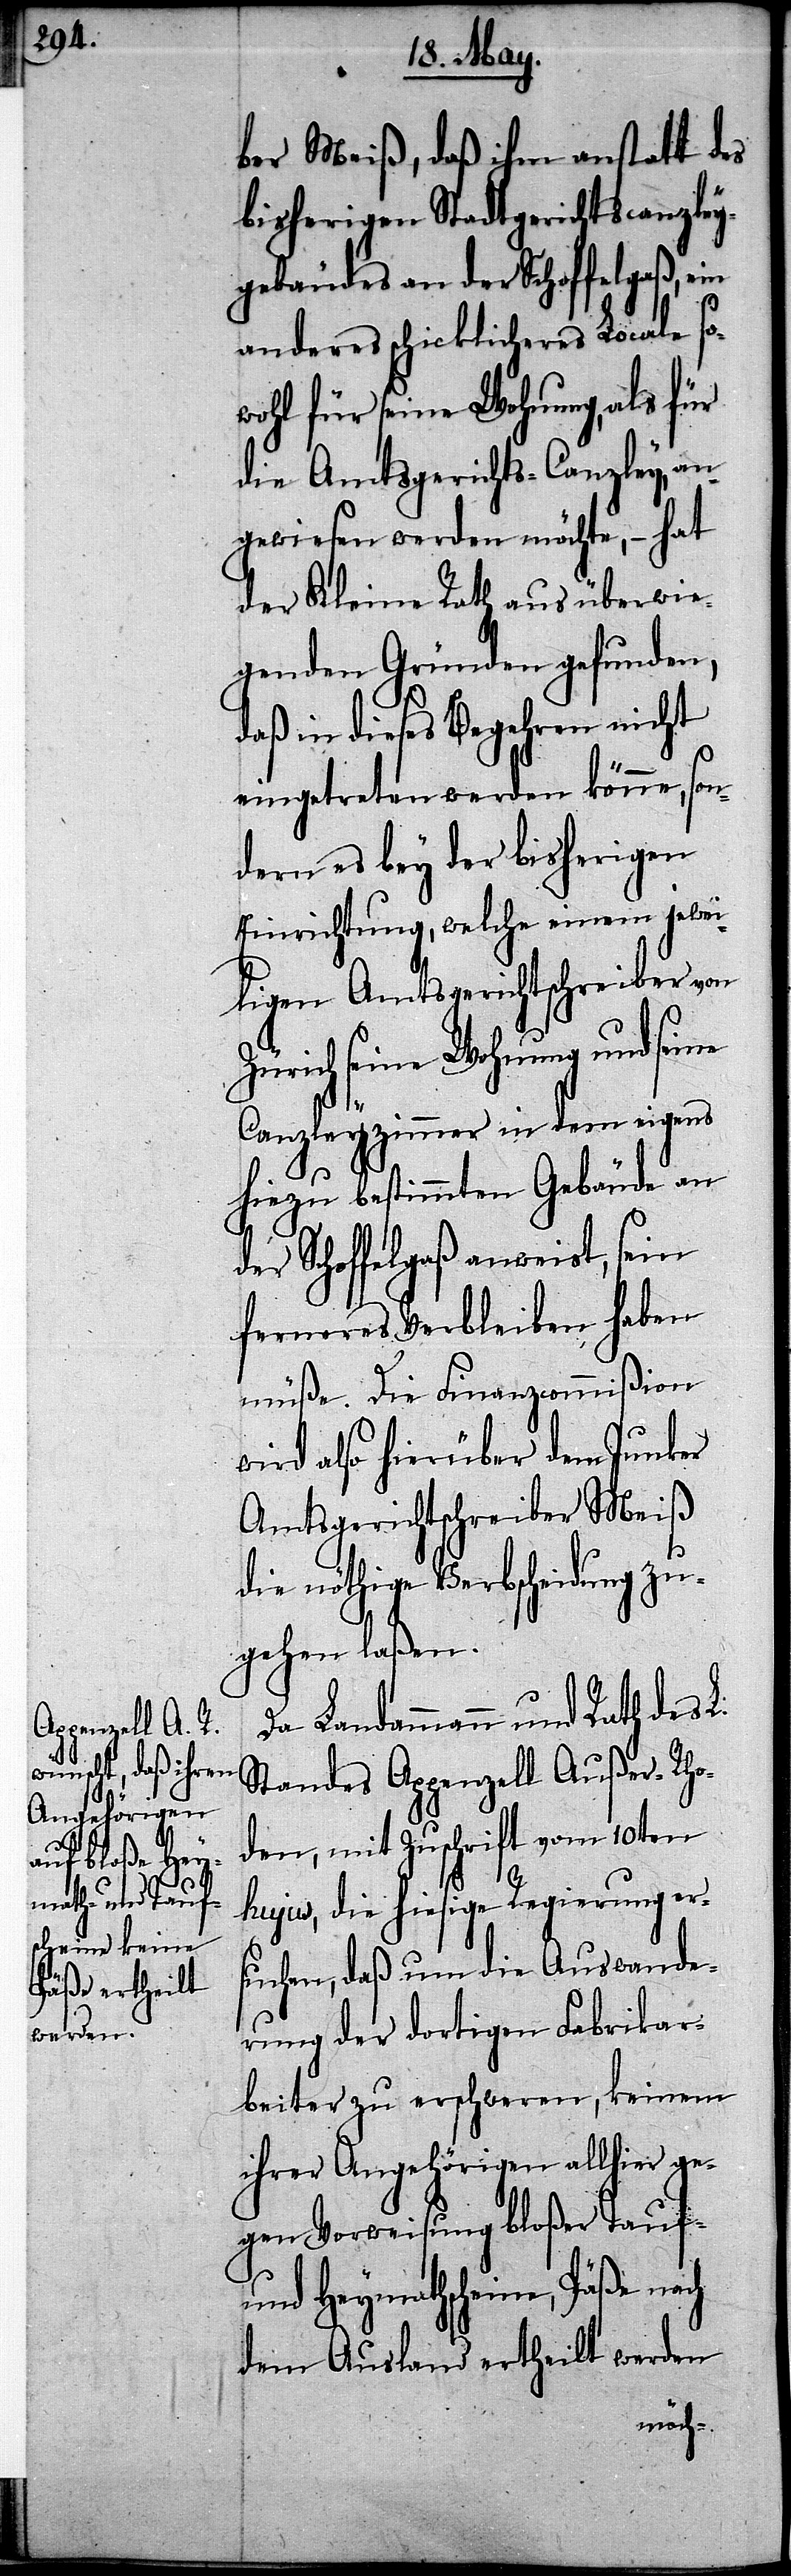
bers Meiß, daß ihm anstatt des
bisherigen Stadtgerichtscanzley¬
gebäudes an der Schoffelgaß,
anderes schicklicheres Locale so¬
wohl für seine Wohnung, als für
die Amtsgerichts-Canzley, an¬
gewiesen werden möchte, – hat
der Kleine Rath aus überwie¬
genden Gründen gefunden,
daß in dieses Begehren nicht
eingetreten werden könne, son¬
dern es bey der bisherigen
Einrichtung, welche einem jewei¬
ligen Amtsgerichtschreiber von
Zürich seine Wohnung und seine
Canzleyzimmer in dem eigens
hiezu bestimmten Gebäude an
Schoffelgaß anweist, sein
ferneres Verbleiben haben
müße. Die Finanzcommißion
wird also hierüber dem Junker
Amtsgerichtschreiber Meiß
die nöthige Verbscheidung zu¬
gehen laßen.
Da Landammann und Rath des L.
Standes Appenzell Außer-Rho¬
den, mit Zuschrift vom 10ten
hujus, die hiesige Regierung er¬
suchen, daß um die Auswande¬
rung der dortigen Fabrikar¬
beiter zu erschweren, keinem
ihrer Angehörigen allhier ge¬
gen Verweisung bloßer Tauf-
und Heymathscheine, Päße nach
dem Ausland ertheilt werden